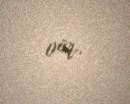
var.